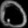
Digit: ၀